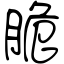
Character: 脆